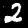
Label: 2